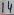
Text: 14